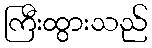
ကြီးထွားသည်